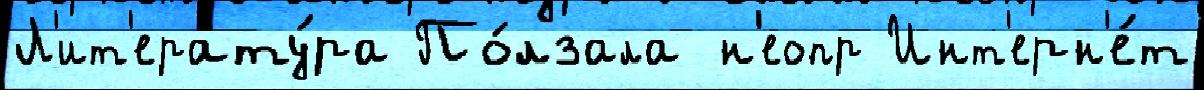
Л'ит'ерату́ра По́лзала н'еопр Инт'ерн'е́т